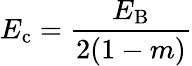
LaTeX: E_{\mathrm{c}}=\frac{E_{\mathrm{B}}}{2(1-m)}